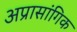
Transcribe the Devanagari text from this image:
अप्रासांगिक